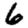
Digit: 6